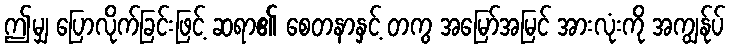
ဤမျှ ပြောလိုက်ခြင်းဖြင့် ဆရာ၏ စေတနာနှင့် တကွ အမြော်အမြင် အားလုံးကို အကျွန်ုပ်